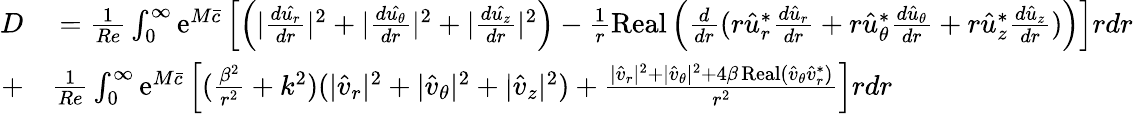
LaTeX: \begin{array}{rl}{D}&{{}=\frac{1}{Re}\int_{0}^{\infty}\mathrm{e}^{M\bar{c}}\left[\left(|\frac{d\hat{u_{r}}}{dr}|^{2}+|\frac{d\hat{u_{\theta}}}{dr}|^{2}+|\frac{d\hat{u_{z}}}{dr}|^{2}\right)-\frac{1}{r}\operatorname{Real}\left(\frac{d}{dr}(r\hat{u}_{r}^{*}\frac{d\hat{u}_{r}}{dr}+r\hat{u}_{\theta}^{*}\frac{d\hat{u}_{\theta}}{dr}+r\hat{u}_{z}^{*}\frac{d\hat{u}_{z}}{dr})\right)\right]rdr}\\ {+}&{{}\frac{1}{Re}\int_{0}^{\infty}\mathrm{e}^{M\bar{c}}\left[(\frac{\beta^{2}}{r^{2}}+k^{2})(|\hat{v}_{r}|^{2}+|\hat{v}_{\theta}|^{2}+|\hat{v}_{z}|^{2})+\frac{|\hat{v}_{r}|^{2}+|\hat{v}_{\theta}|^{2}+4\beta\operatorname{Real}(\hat{v}_{\theta}\hat{v}_{r}^{*})}{r^{2}}\right]rdr}\end{array}